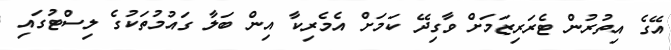
އޭގެ އިތުރުން ޓެރަރިޒަމަށް ވާގިދޭ ކަމަށް އެމެރިކާ އިން ބަލާ ގައުމުތަކުގެ ލިސްޓުގައި